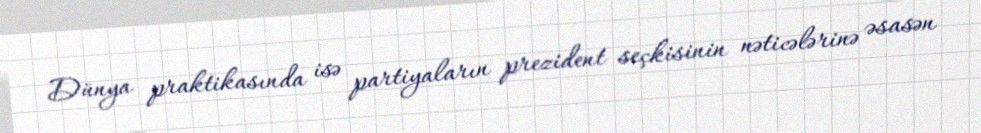
Dünya praktikasında isə partiyaların prezident seçkisinin nəticələrinə əsasən